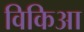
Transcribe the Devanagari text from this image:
विकिआ